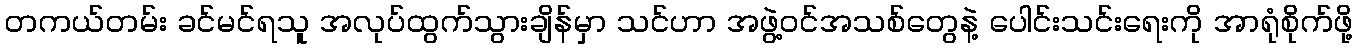
တကယ်တမ်း ခင်မင်ရသူ အလုပ်ထွက်သွားချိန်မှာ သင်ဟာ အဖွဲ့ဝင်အသစ်တွေနဲ့ ပေါင်းသင်းရေးကို အာရုံစိုက်ဖို့